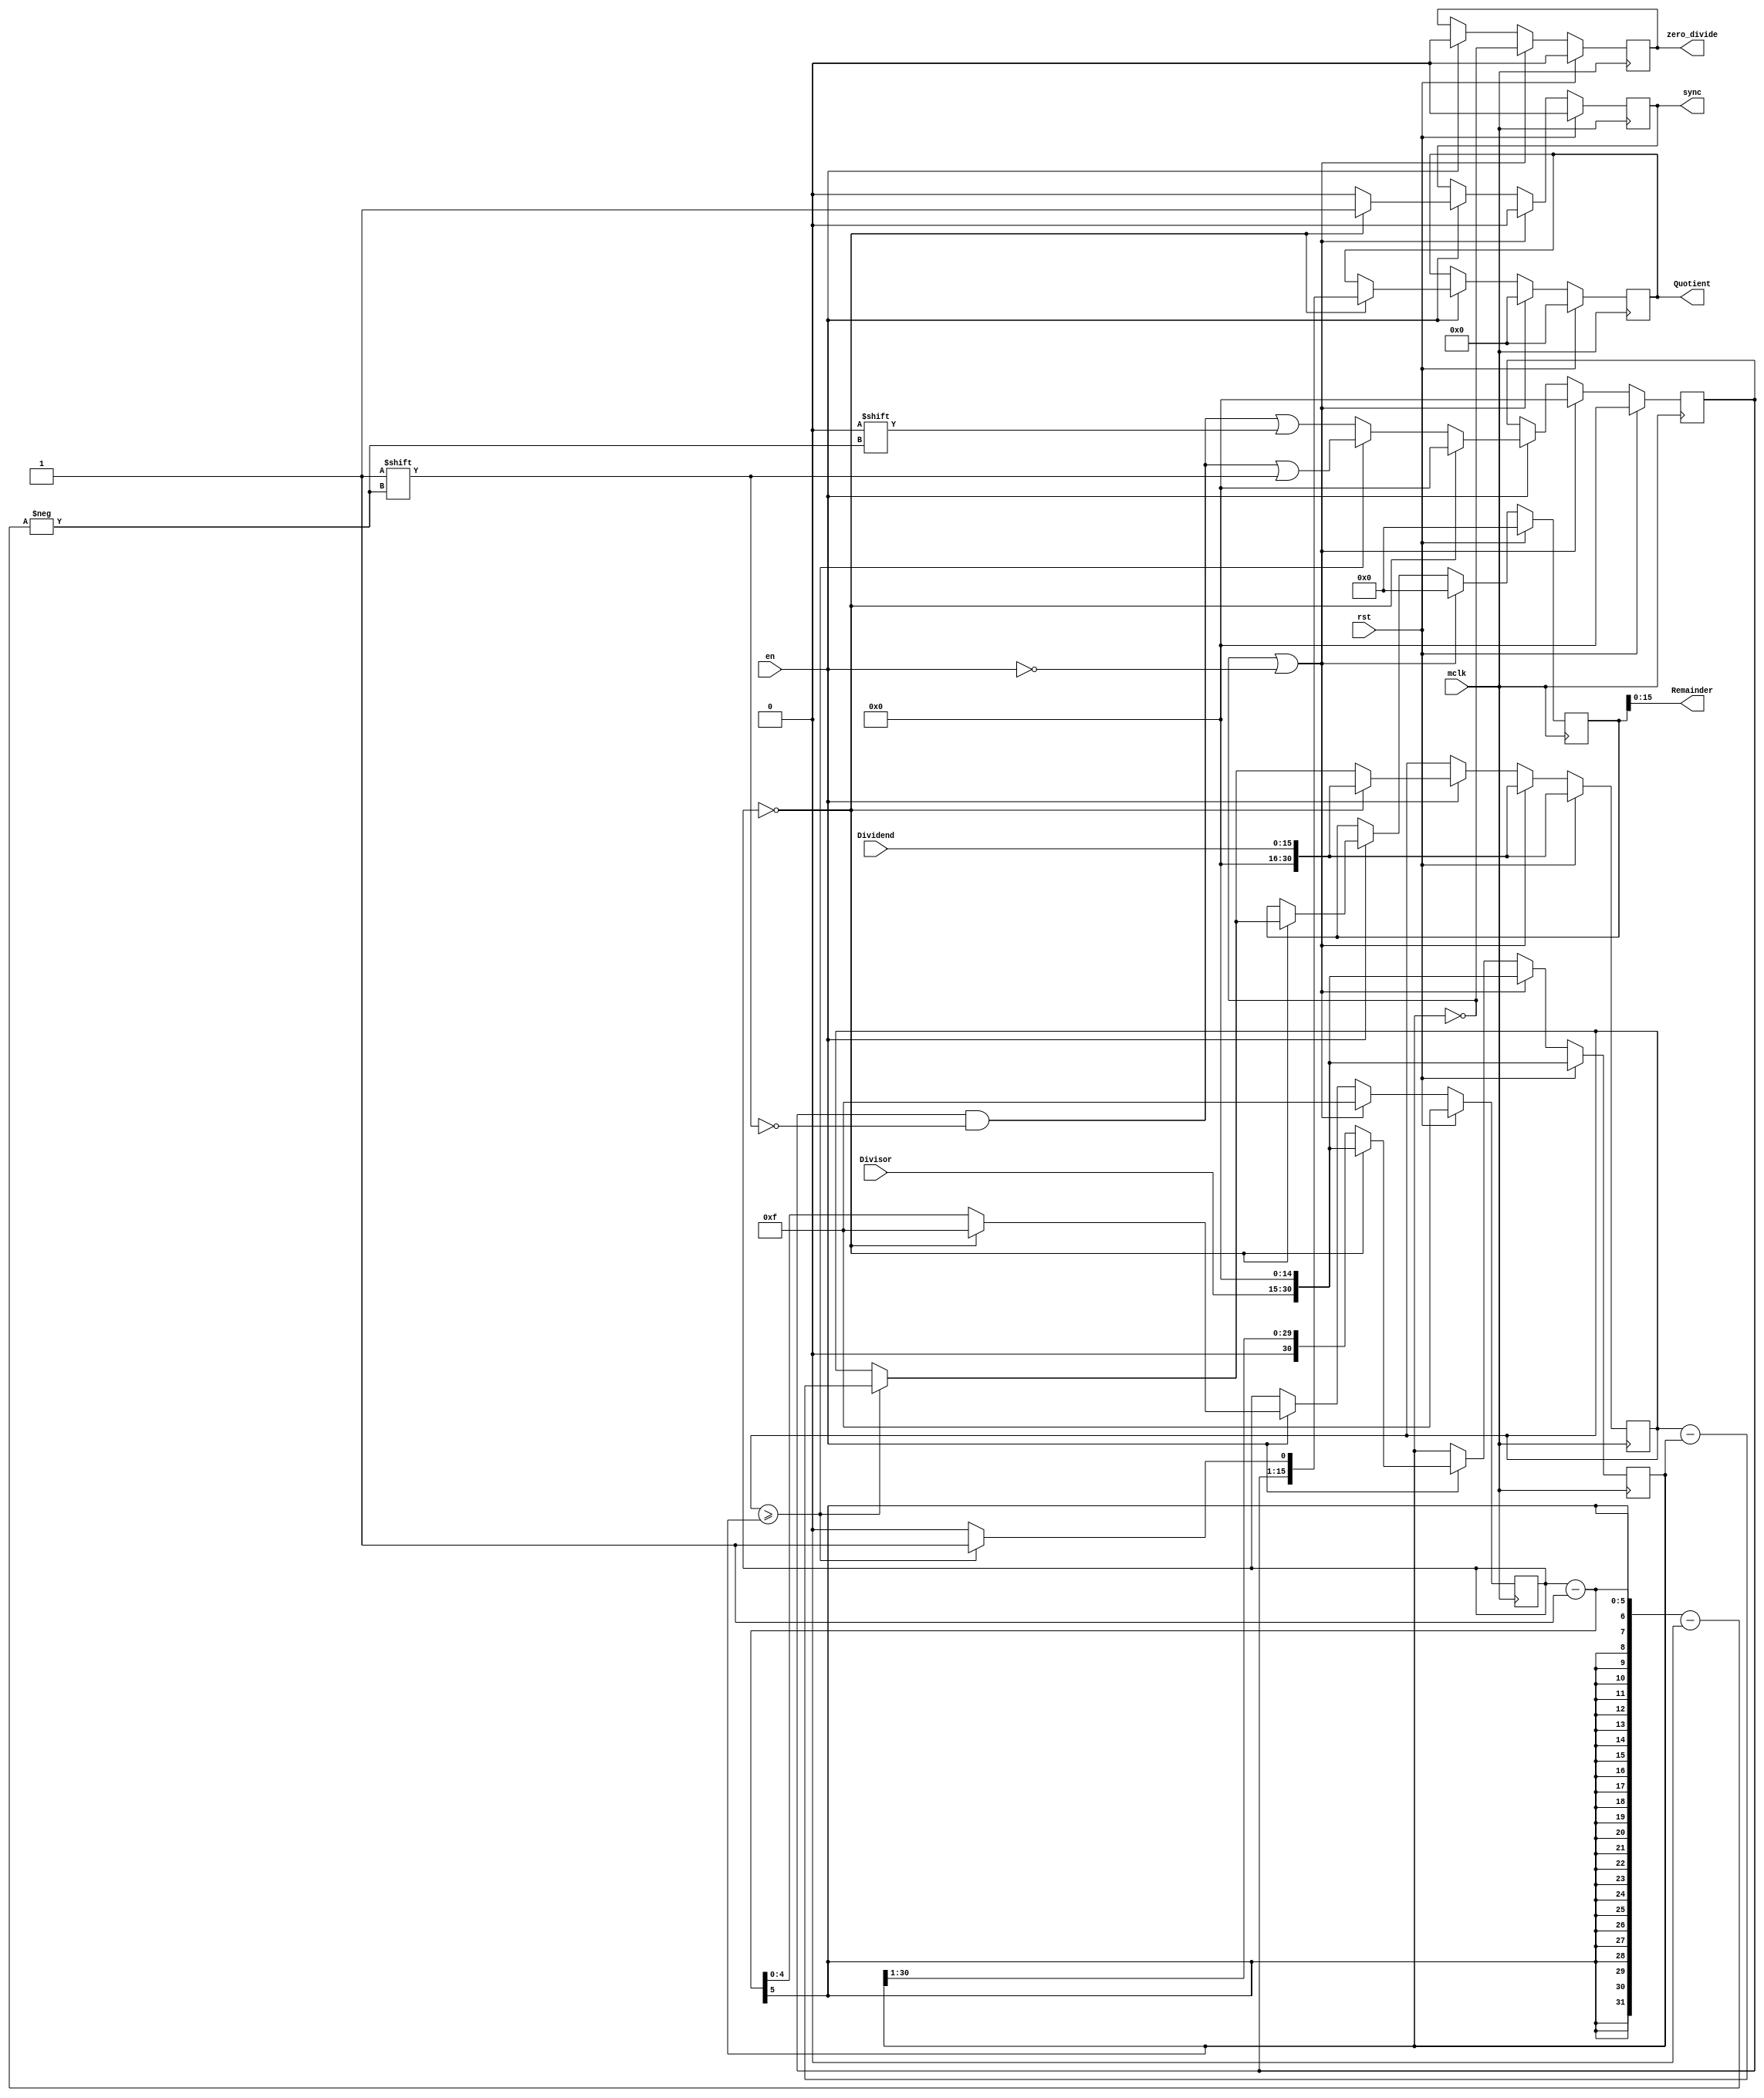
module AL_Divider(
    input mclk,
    input rst,
    input en,
    input [N-1:0] Dividend,
    input [N-1:0] Divisor,
    output [N-1:0] Quotient,
    output [N-1:0] Remainder,
    output zero_divide,
    output sync);

    parameter N  = 16;
    localparam M = $clog2(N+1); //registor SIZE depend on parameter N 


    reg [M-1:0] bit_count = N-1;

    reg [2*N-2:0] lathced_Dividend;
    reg [2*N-2:0] lathced_Divisor;

    reg [N-2:0] Quotient_tmp;
    reg [2*N-2:0] Remainder_tmp;

    wire [N-2:0] dammy_zero = 0;

    assign Remainder = Remainder_tmp[N-1:0];
    
    reg [N-1:0] Quotient ;
    reg zero_divide = 1'b0;
    reg sync = 1'b0;

    always @(posedge mclk)begin
        if(rst)begin
            bit_count <= N-1;
            lathced_Dividend <= {dammy_zero,Dividend};
            lathced_Divisor  <= {Divisor,dammy_zero};    
            Quotient_tmp  <= 0;   
            sync <= 1'b0;
            zero_divide <= 1'b0;
            Quotient <= 0;
            Remainder_tmp <= 0;
        end else begin
            if(lathced_Divisor == 0 | !en)begin
                bit_count <= N-1;
                lathced_Dividend <= {dammy_zero,Dividend};
                lathced_Divisor  <= {Divisor,dammy_zero};    
                Quotient_tmp  <= 0;   
                sync <= 1'b0;
                zero_divide <= (lathced_Divisor == 0);
                Quotient <= 0;
                Remainder_tmp <= 0;
            end else if (en) begin
                zero_divide <= 1'b0;
                if(bit_count == 0)begin
                    bit_count <= N-1;
                    lathced_Dividend <= {dammy_zero,Dividend};
                    lathced_Divisor <= {Divisor,dammy_zero};  
                    Quotient_tmp <= 0;   
                    sync <= 1'b1;
                    if(lathced_Dividend >= lathced_Divisor)begin
                        Quotient <= {Quotient_tmp,1'b1};
                        Remainder_tmp <= lathced_Dividend - lathced_Divisor;
                    end else begin
                        Quotient <= {Quotient_tmp,1'b0};
                        Remainder_tmp <= lathced_Dividend;                        
                    end
                end else begin 
                    bit_count <= bit_count - 1;
                    lathced_Divisor <= lathced_Divisor>>1;
                    sync <= 1'b0;
                    if(lathced_Dividend >= lathced_Divisor)begin
                        Quotient_tmp[bit_count-1] <=1'b1;
                        lathced_Dividend <= lathced_Dividend - lathced_Divisor;
                    end else Quotient_tmp[bit_count-1] <=1'b0;
                end
            end else;
        end   
    end 

endmodule